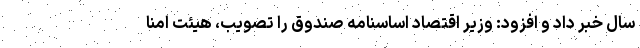
سال خبر داد و افزود: وزیر اقتصاد اساسنامه صندوق را تصویب، هیئت امنا